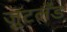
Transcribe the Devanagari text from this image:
जुटलँड